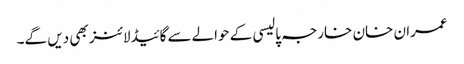
عمران خان خارجہ پالیسی کے حوالےسے گائیڈلائنز بھی دیں گے۔